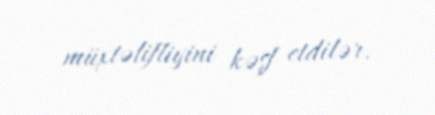
müxtəlifliyini kəşf etdilər.